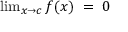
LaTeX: \textstyle \operatorname* { l i m } _ { x \to c } f ( x ) \; = \; 0